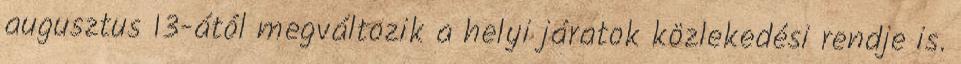
augusztus 13-ától megváltozik a helyi járatok közlekedési rendje is.